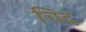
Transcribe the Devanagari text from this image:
चिद